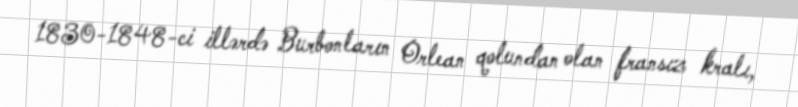
1830-1848-ci illərdə Burbonların Orlean qolundan olan fransız kralı,